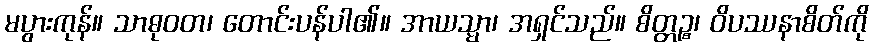
မပွားကုန်။ သာဓုဝတ၊ တောင်းပန်ပါ၏။ အာယသ္မာ၊ အရှင်သည်။ စိတ္တဉ္စ၊ ဝိပဿနာစိတ်ကို